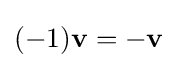
(-1)\mathbf {v} =-\mathbf {v}